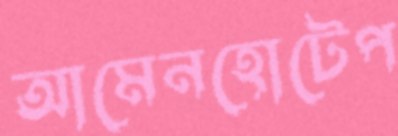
আমেনহোটেপ